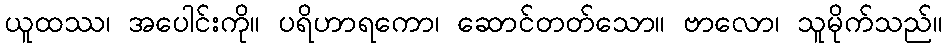
ယူထဿ၊ အပေါင်းကို။ ပရိဟာရကော၊ ဆောင်တတ်သော။ ဗာလော၊ သူမိုက်သည်။